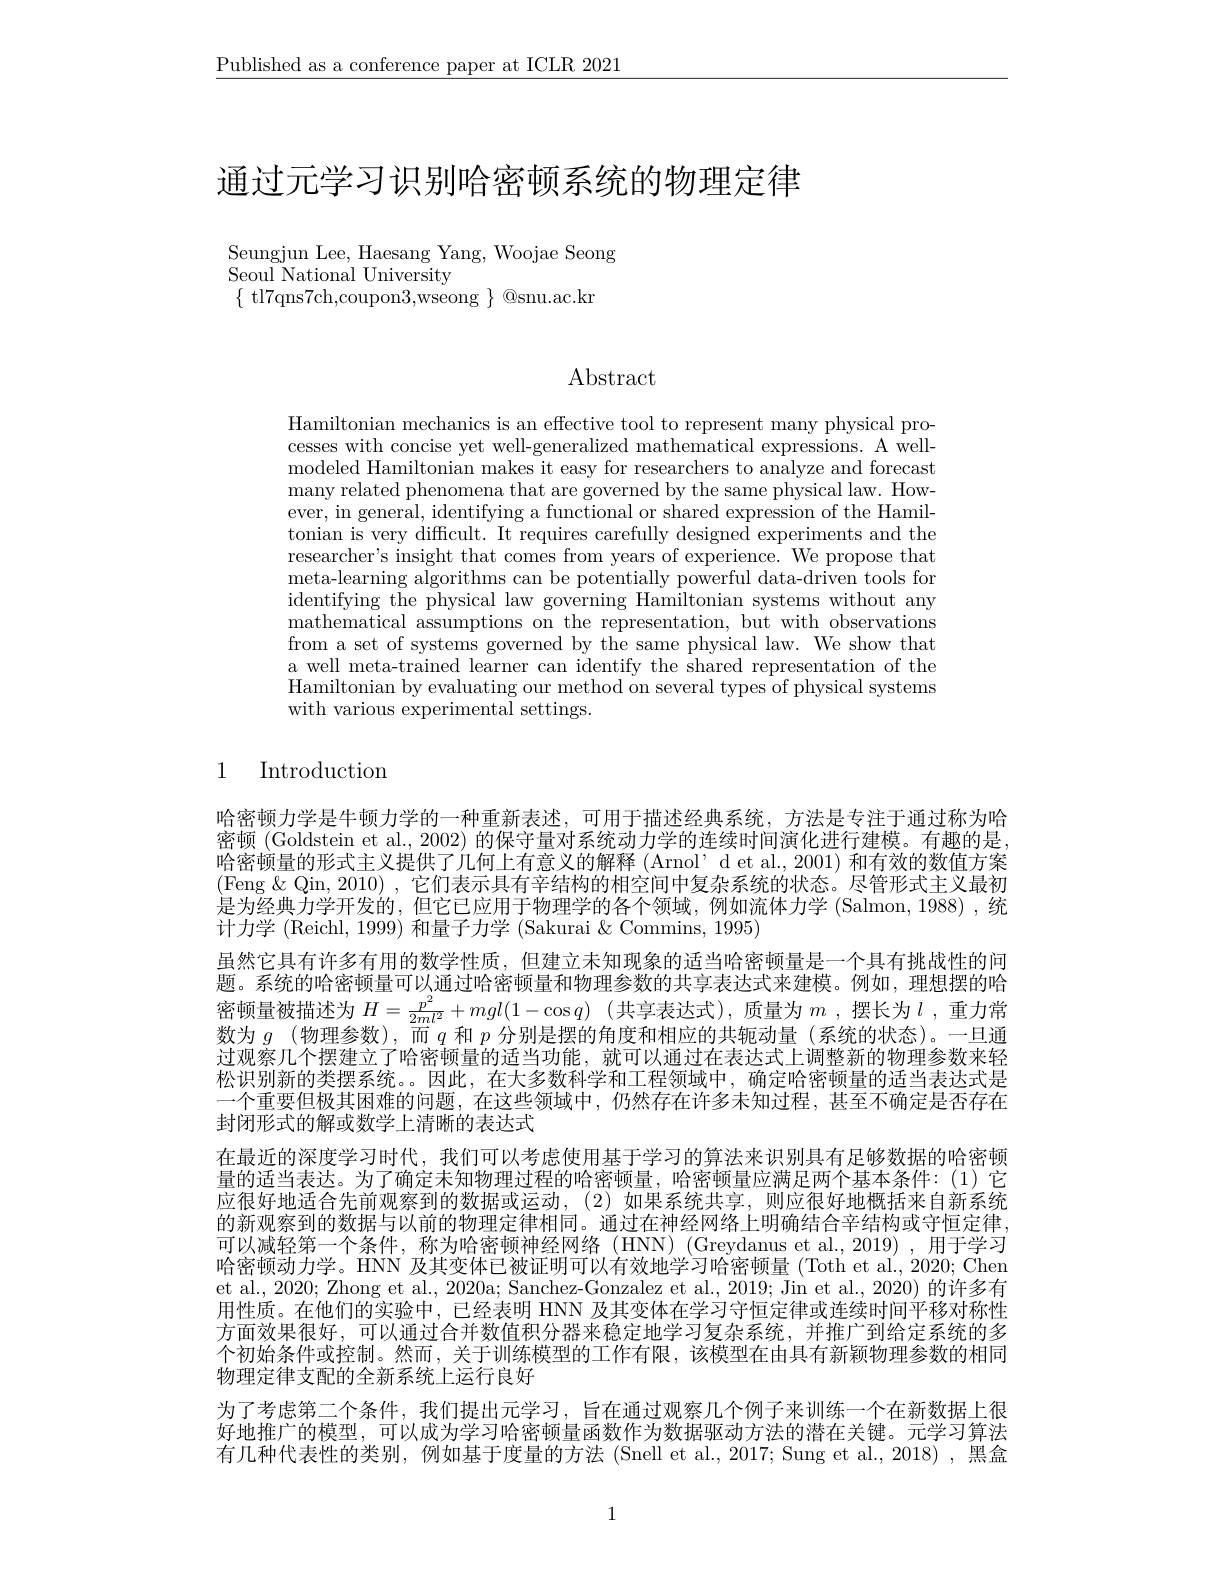
$\underline{\text{Published as a conference paper at ICLR 2021}}$

# 通过元学习识别哈密顿系统的物理定律

Seungjun Lee, Haesang Yang, Woojae Seong
${\mathrm{Seoul~National~University}}$
$\{$ tl7qns7ch,coupon3,wseong $\}$ @snu.ac.kr

# Abstract

Hamiltonian mechanics is an effective tool to represent many physical processes with concise yet well-generalized mathematical expressions. A wellmodeled Hamiltonian makes it easy for researchers to analyze and forecast many related phenomena that are governed by the same physical law. However, in general, identifying a functional or shared expression of the Hamiltonian is very difficult. It requires carefully designed experiments and the researcher's insight that comes from years of experience. We propose that meta-learning algorithms can be potentially powerful data-driven tools for identifying the physical law governing Hamiltonian systems without any mathematical assumptions on the representation, but with observations from a set of systems governed by the same physical law. We show that a well meta-trained learner can identify the shared representation of the Hamiltonian by evaluating our method on several types of physical systems with various experimental settings.

## 1 Introduction

哈密顿力学是牛顿力学的一种重新表述，可用于描述经典系统，方法是专注于通过称为哈密顿 (Goldstein et al., 2002) 的保守量对系统动力学的连续时间演化进行建模。有趣的是， 哈密顿量的形式主义提供了几何上有意义的解释 (Arnol’d et al., 2001) 和有效的数值方案(Feng &Qin, 2010) , 它们表示具有辛结构的相空间中复杂系统的状态。尽管形式主义最初是为经典力学开发的，但它已应用于物理学的各个领域，例如流体力学 (Salmon,1988) ,统计力学 (Reichl, 1999) 和量子力学 (Sakurai & Commins, 1995)
虽然它具有许多有用的数学性质，但建立未知现象的适当哈密顿量是一个具有挑战性的问题。系统的哈密顿量可以通过哈密顿量和物理参数的共享表达式来建模。例如，理想摆的哈密顿量被描述为$H=\frac{p^2}{2ml^2}+mgl(1-\cos q)$ (共享表达式),质量为$m$ ,摆长为$l$ ,重力常数为$g$ (物理参数),而$q$和$p$分别是摆的角度和相应的共轭动量 (系统的状态)。一旦通过观察几个摆建立了哈密顿量的适当功能，就可以通过在表达式上调整新的物理参数来轻松识别新的类摆系统。因此，在大多数科学和工程领域中，确定哈密顿量的适当表达式是一个重要但极其困难的问题，在这些领域中，仍然存在许多未知过程，甚至不确定是否存在封闭形式的解或数学上清晰的表达式
在最近的深度学习时代，我们可以考虑使用基于学习的算法来识别具有足够数据的哈密顿量的适当表达。为了确定未知物理过程的哈密顿量，哈密顿量应满足两个基本条件：(1)它应很好地适合先前观察到的数据或运动，(2)如果系统共享，则应很好地概括来自新系统的新观察到的数据与以前的物理定律相同。通过在神经网络上明确结合辛结构或守恒定律. 可以减轻第一个条件，称为哈密顿神经网络(HNN)(Greydanus et al.,2019),用于学习哈密顿动力学。HNN 及其变体已被证明可以有效地学习哈密顿量 (Toth et al., 2020; Chen et al., 2020; Zhong et al., 2020a; Sanchez-Gonzalez et al., 2019; Jin et al., 2020) 的许多有用性质。在他们的实验中，已经表明 HNN 及其变体在学习守恒定律或连续时间平移对称性方面效果很好，可以通过合并数值积分器来稳定地学习复杂系统，并推广到给定系统的多个初始条件或控制。然而，关于训练模型的工作有限，该模型在由具有新颖物理参数的相同物理定律支配的全新系统上运行良好
为了考虑第二个条件，我们提出元学习，旨在通过观察几个例子来训练一个在新数据上很好地推广的模型，可以成为学习哈密顿量函数作为数据驱动方法的潜在关键。元学习算法有几种代表性的类别，例如基于度量的方法(Snell et al., 2017; Sung et al., 2018) , 黑盒

1